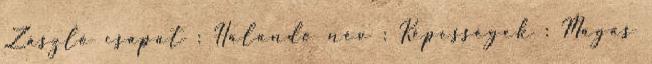
Zászló csapat : Halandó név : Képességek : Magas